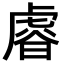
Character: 𧇋